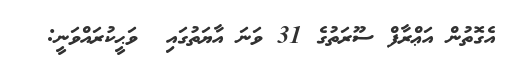
އެގޮތުން އަޢްރާފް ސޫރަތުގެ 31 ވަނަ އާޔަތުގައި  ވަޙީކުރައްވަނީ: